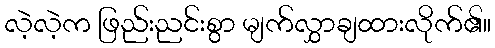
လဲ့လဲ့က ဖြည်းညင်းစွာ မျက်လွှာချထားလိုက်၏။